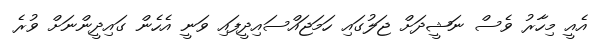
އެއީ މިހާރު ވެސް ނަޝީދަށް ޖަލުގައި ހަމަޖައްސައިދީފައި ވަނީ އެހެން ގައިދީންނަށް ވުރެ